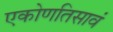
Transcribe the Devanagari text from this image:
एकोणतिसावं